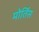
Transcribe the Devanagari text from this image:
मोर्तिस